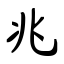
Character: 兆